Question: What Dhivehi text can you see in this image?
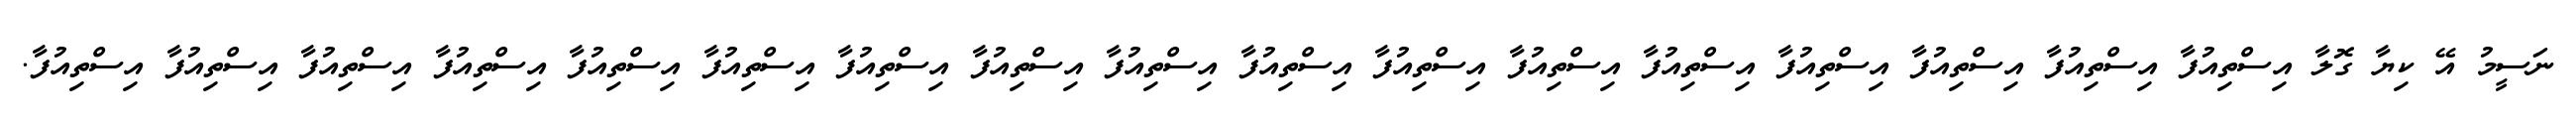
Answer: ނަސީމު އޭ ކިޔާ ގޮލާ އިސްތިއުފާ އިސްތިއުފާ އިސްތިއުފާ އިސްތިއުފާ އިސްތިއުފާ އިސްތިއުފާ އިސްތިއުފާ އިސްތިއުފާ އިސްތިއުފާ އިސްތިއުފާ އިސްތިއުފާ އިސްތިއުފާ އިސްތިއުފާ އިސްތިއުފާ އިސްތިއުފާ އިސްތިއުފާ އިސްތިއުފާ.